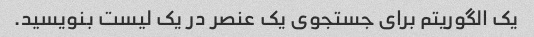
یک الگوریتم برای جستجوی یک عنصر در یک لیست بنویسید.